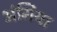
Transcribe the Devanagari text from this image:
अंगिया